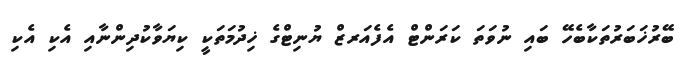
ބޭރުޚަބަރުތަކާބެހޭ ބައި ނުވަަތަ ކަރަންޓް އެފެއަރޒް ޔުނިޓްގެ ޚިދުމަތަކީ ކިޔަވާކުދިންނާއި އެކި އެކި